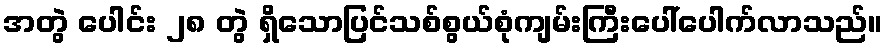
အတွဲ ပေါင်း ၂၈ တွဲ ရှိသောပြင်သစ်စွယ်စုံကျမ်းကြီးပေါ်ပေါက်လာသည်။